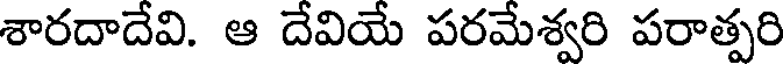
శారదాదేవి. ఆ దేవియే పరమేశ్వరి పరాత్పరి